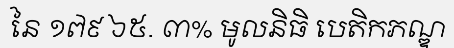
នៃ ១៧៩ ៦៥. ៣% មូលនិធិ បេតិកភណ្ឌ